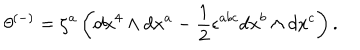
\theta ^ { ( - ) } = \zeta ^ { a } \left( d x ^ { 4 } \wedge d x ^ { a } - \frac { 1 } { 2 } \epsilon ^ { a b c } d x ^ { b } \wedge d x ^ { c } \right) .